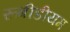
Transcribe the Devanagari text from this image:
रूबीडीयम